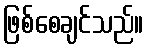
ဖြစ်စေချင်သည်။